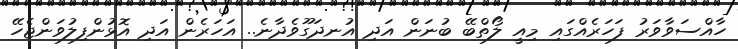
ހާއްސަވާވަރު ފަހަރެއްގައި މިއީ ލޯތްބޭ ބުނަން އަދި އުނދަގޫވެދާނެ.. އަހަރެން އަދި އޮޅުންފިލުވަންޖެހޭ